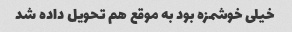
خیلی خوشمزه بود به موقع هم تحویل داده شد